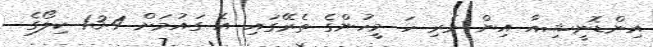
އިންޑޮނީޝިއާ އިން މެރި ހަ މީހުންގެ ތެރޭގައި އެ ގައުމަށް 13.4 ކިލޯގެ